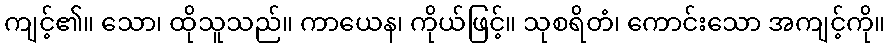
ကျင့်၏။ သော၊ ထိုသူသည်။ ကာယေန၊ ကိုယ်ဖြင့်။ သုစရိတံ၊ ကောင်းသော အကျင့်ကို။